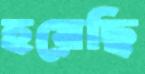
হয়েছি